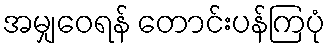
အမျှဝေရန် တောင်းပန်ကြပုံ